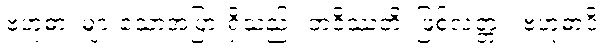
ဗဟုဓာ၊ များသောအပြားရှိသည်။ ဘဝိဿတိ၊ ဖြစ်လတ္တံ့။ ဗဟုဓာပိ၊